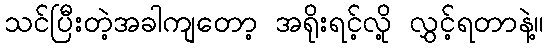
သင်ပြီးတဲ့အခါကျတော့ အရိုးရင့်လို့ လွှင့်ရတာနဲ့။